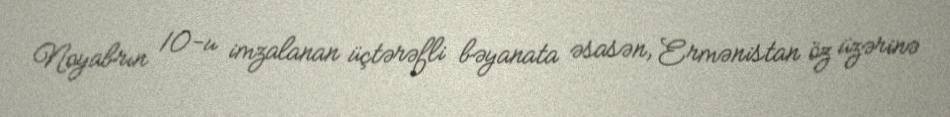
Noyabrın 10-u imzalanan üçtərəfli bəyanata əsasən, Ermənistan öz üzərinə